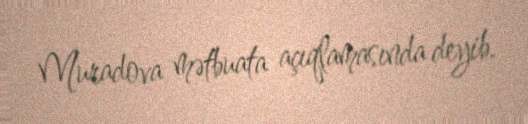
Muradova mətbuata açıqlamasında deyib.